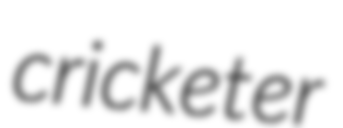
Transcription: cricketer